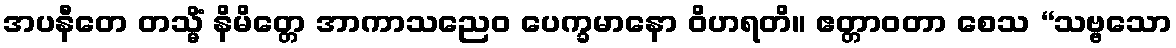
အပနီတေ တသ္မိံ နိမိတ္တေ အာကာသညေဝ ပေက္ခမာနော ဝိဟရတိ။ ဧတ္တာဝတာ စေသ “သဗ္ဗသော